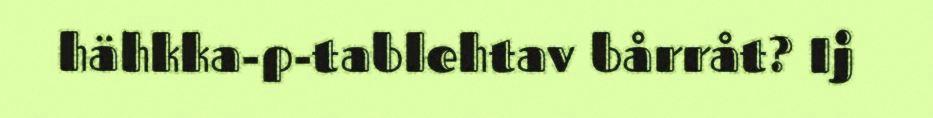
hähkka-p-tablehtav bårråt? Ij